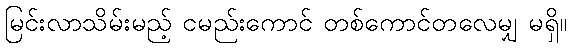
မြင်းလာသိမ်းမည့် ငမည်းကောင် တစ်ကောင်တလေမျှ မရှိ။